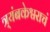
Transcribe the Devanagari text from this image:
त्र्यंबकेश्वराचं